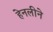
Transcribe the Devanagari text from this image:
हेनलीने